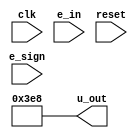
module PID #(parameter W=11) // bit width – 1
(
output signed [W:0] u_out = 1000, // output
input clk,
input signed [W:0] e_in, // input
input e_sign,
input reset
);

reg signed [W:0] u_prev;
reg signed [W:0] e_prev[1:2];

parameter kp = 11; // change these values to suit your system
parameter ki = 0;
parameter kd = 0;


assign u_out = u_prev + (kp+ki+kd) * e_in + (-kp - 2*ki) * e_prev[1] + kd * e_prev[2];
 
always @ (posedge clk)
	if (reset == 0) begin
		u_prev <= 0;
		e_prev[1] <= 0;
		e_prev[2] <= 0;
	end
	else begin
		e_prev[2] <= e_prev[1];
		e_prev[1] <= e_in;
		u_prev <= u_out;
	end
endmodule